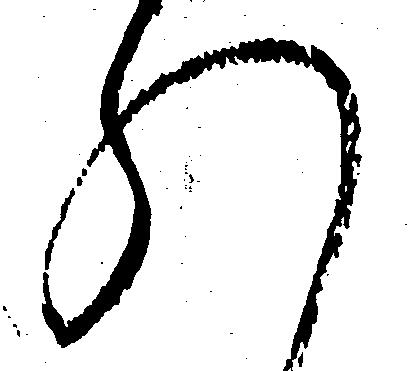
れ